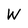
Character: W